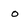
Character: 0